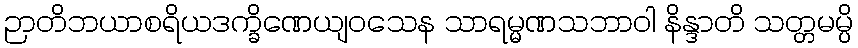
ဉာတိဘယာစရိယဒက္ခိဏေယျဝသေန သာရမ္မဏသဘာဝါ နိန္ဒာတိ သတ္တမမ္ပိ